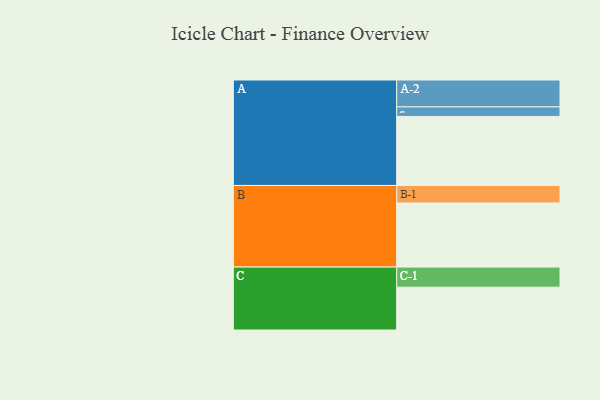
{"axis": {"x": "Segment", "y": "Value"}, "legend": ["", "A", "B", "C"], "data": [{"x": "A", "y": 498, "type": ""}, {"x": "B", "y": 463, "type": ""}, {"x": "C", "y": 309, "type": ""}, {"x": "A-1", "y": 69, "type": "A"}, {"x": "A-2", "y": 194, "type": "A"}, {"x": "B-1", "y": 126, "type": "B"}, {"x": "C-1", "y": 145, "type": "C"}]}